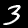
Label: 3